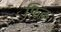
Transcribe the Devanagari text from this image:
फ़िक